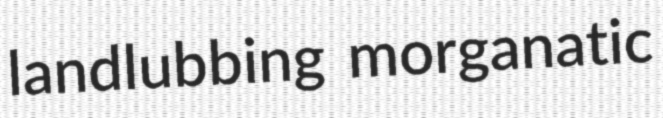
landlubbing morganatic